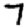
Digit: 7